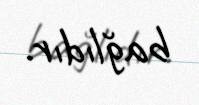
bağlıdır.